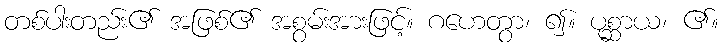
တစ်ပါးတည်း၏ အဖြစ်၏ အစွမ်းအားဖြင့်။ ဂဟေတွာ၊ ၍။ ပုစ္ဆာယ၊ ၏။